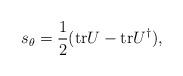
LaTeX: \begin{align*}s_{\theta}=\frac{1}{2}({\rm tr}U-{\rm tr}U^{\dag}),\end{align*}